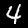
Label: 4